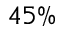
4 5 \%